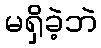
မရှိခဲ့ဘဲ